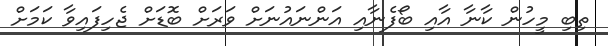
ތިބި މީހުން ކާނާ އާއި ބޯފެނާއި އަންނައުނަށް ވަރަށް ބޮޑަށް ޖެހިފައިވާ ކަމަށް